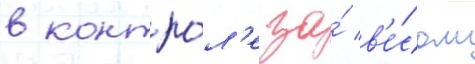
в контро́л'е за́ в'е́сом